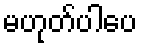
မဟုတ်ပါပေ